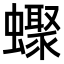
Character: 𧓏